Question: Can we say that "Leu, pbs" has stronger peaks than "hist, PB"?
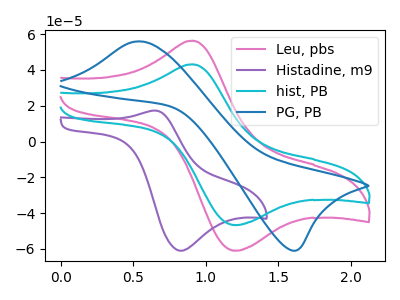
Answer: <think>The pink curve "Leu, pbs" has an anodic peak at (0.90V, 56.35uA) and a cathodic peak at (1.20V, -60.90uA). The purple curve "Histadine, m9" has an anodic peak at (0.65V, 17.30uA) and a cathodic peak at (0.85V, -61.05uA). The cyan curve "hist, PB" has an anodic peak at (0.90V, 43.15uA) and a cathodic peak at (1.20V, -46.60uA). The blue curve "PG, PB" has an anodic peak at (0.55V, 55.95uA) and a cathodic peak at (1.60V, -60.90uA).</think>
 <answer>Every peak in "Leu, pbs" is higher than every peak in "hist, PB".</answer>
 <eval>higher</eval>